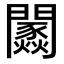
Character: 𨷢